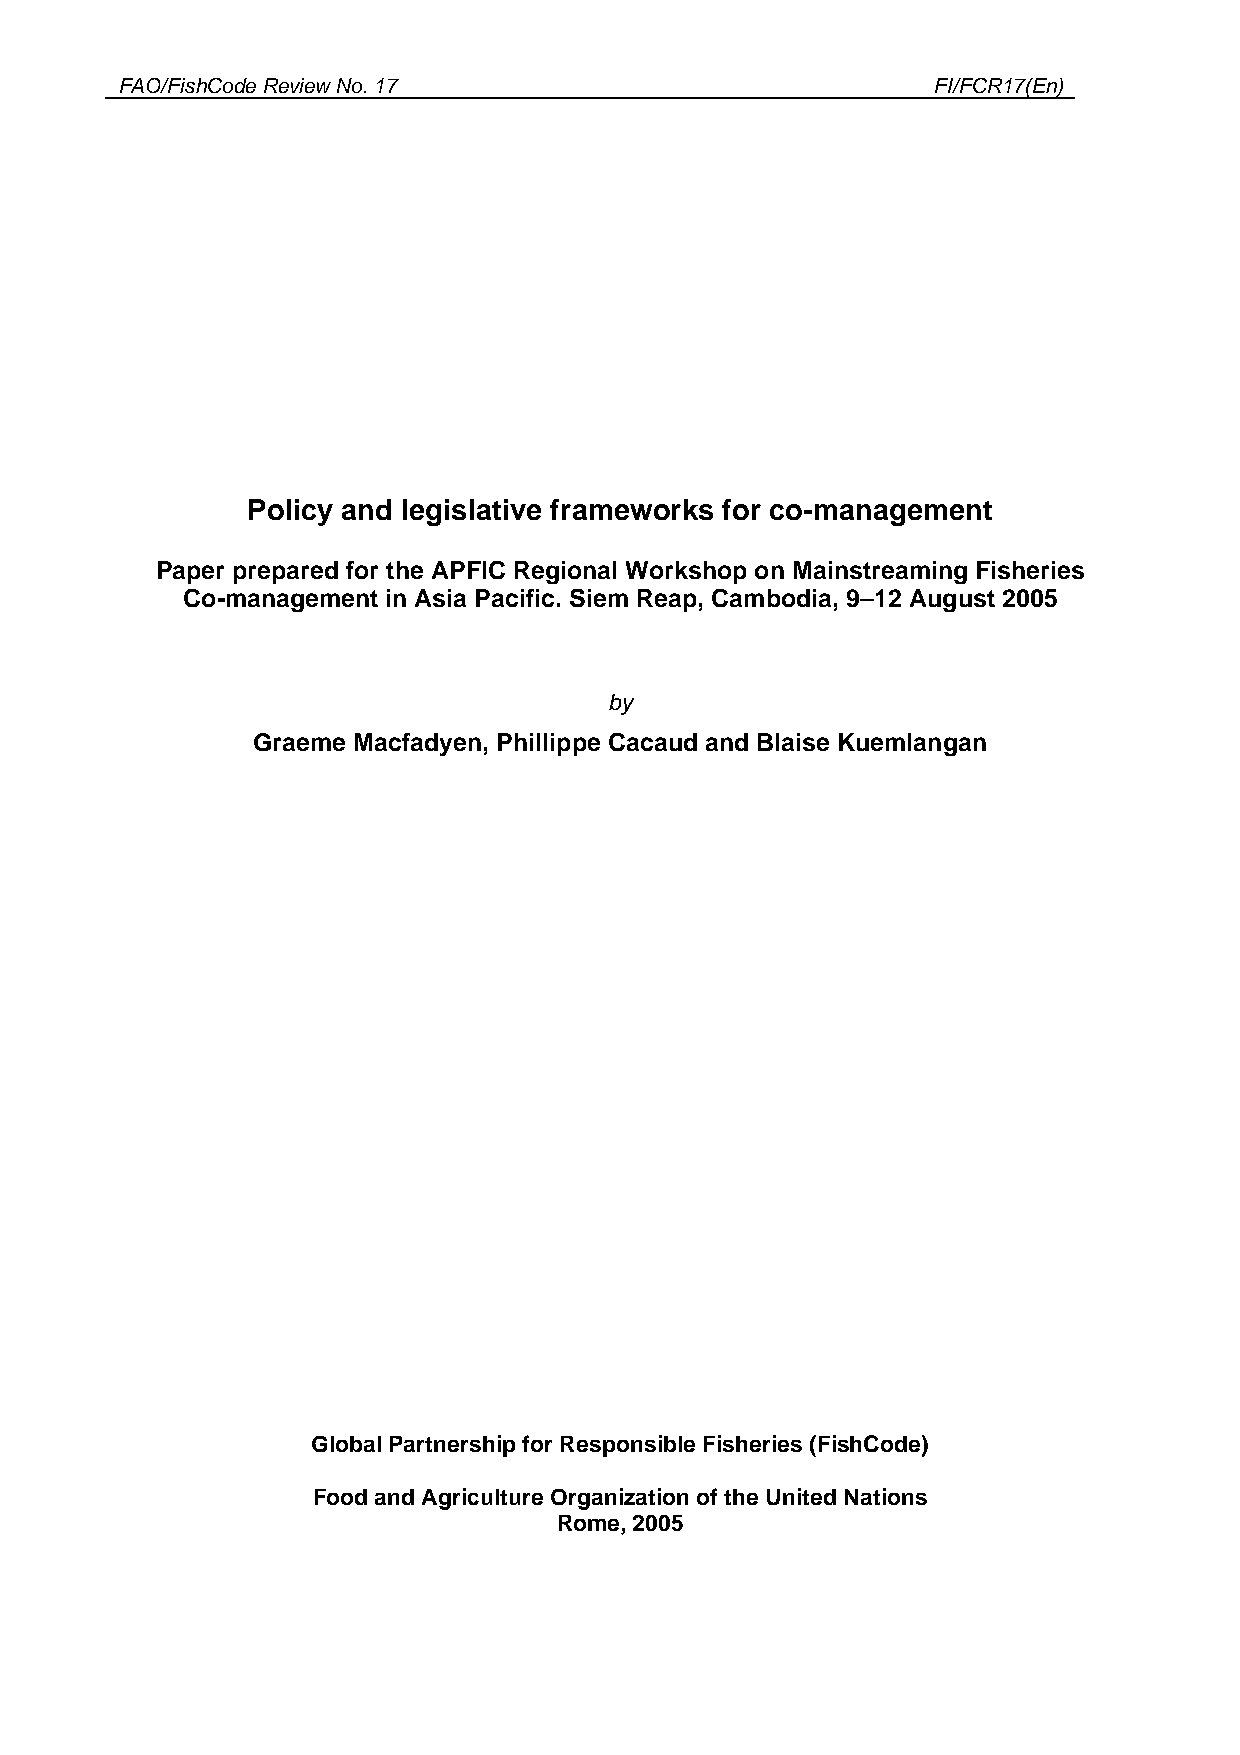
FAO/FishCode Review No. 17                            FI/FCR17(En)
 Policy and legislative frameworks for co-management
 Paper prepared for the APFIC Regional Workshop on Mainstreaming Fisheries
 Co-management in Asia Pacific. Siem Reap, Cambodia, 9–12 August 2005
 by
 Graeme Macfadyen, Phillippe Cacaud and Blaise Kuemlangan
 Global Partnership for Responsible Fisheries (FishCode)
 Food and Agriculture Organization of the United Nations
 Rome, 2005